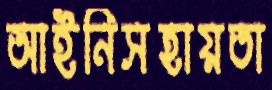
আইনিসহায়তা